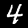
Digit: 4